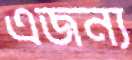
এজন্য